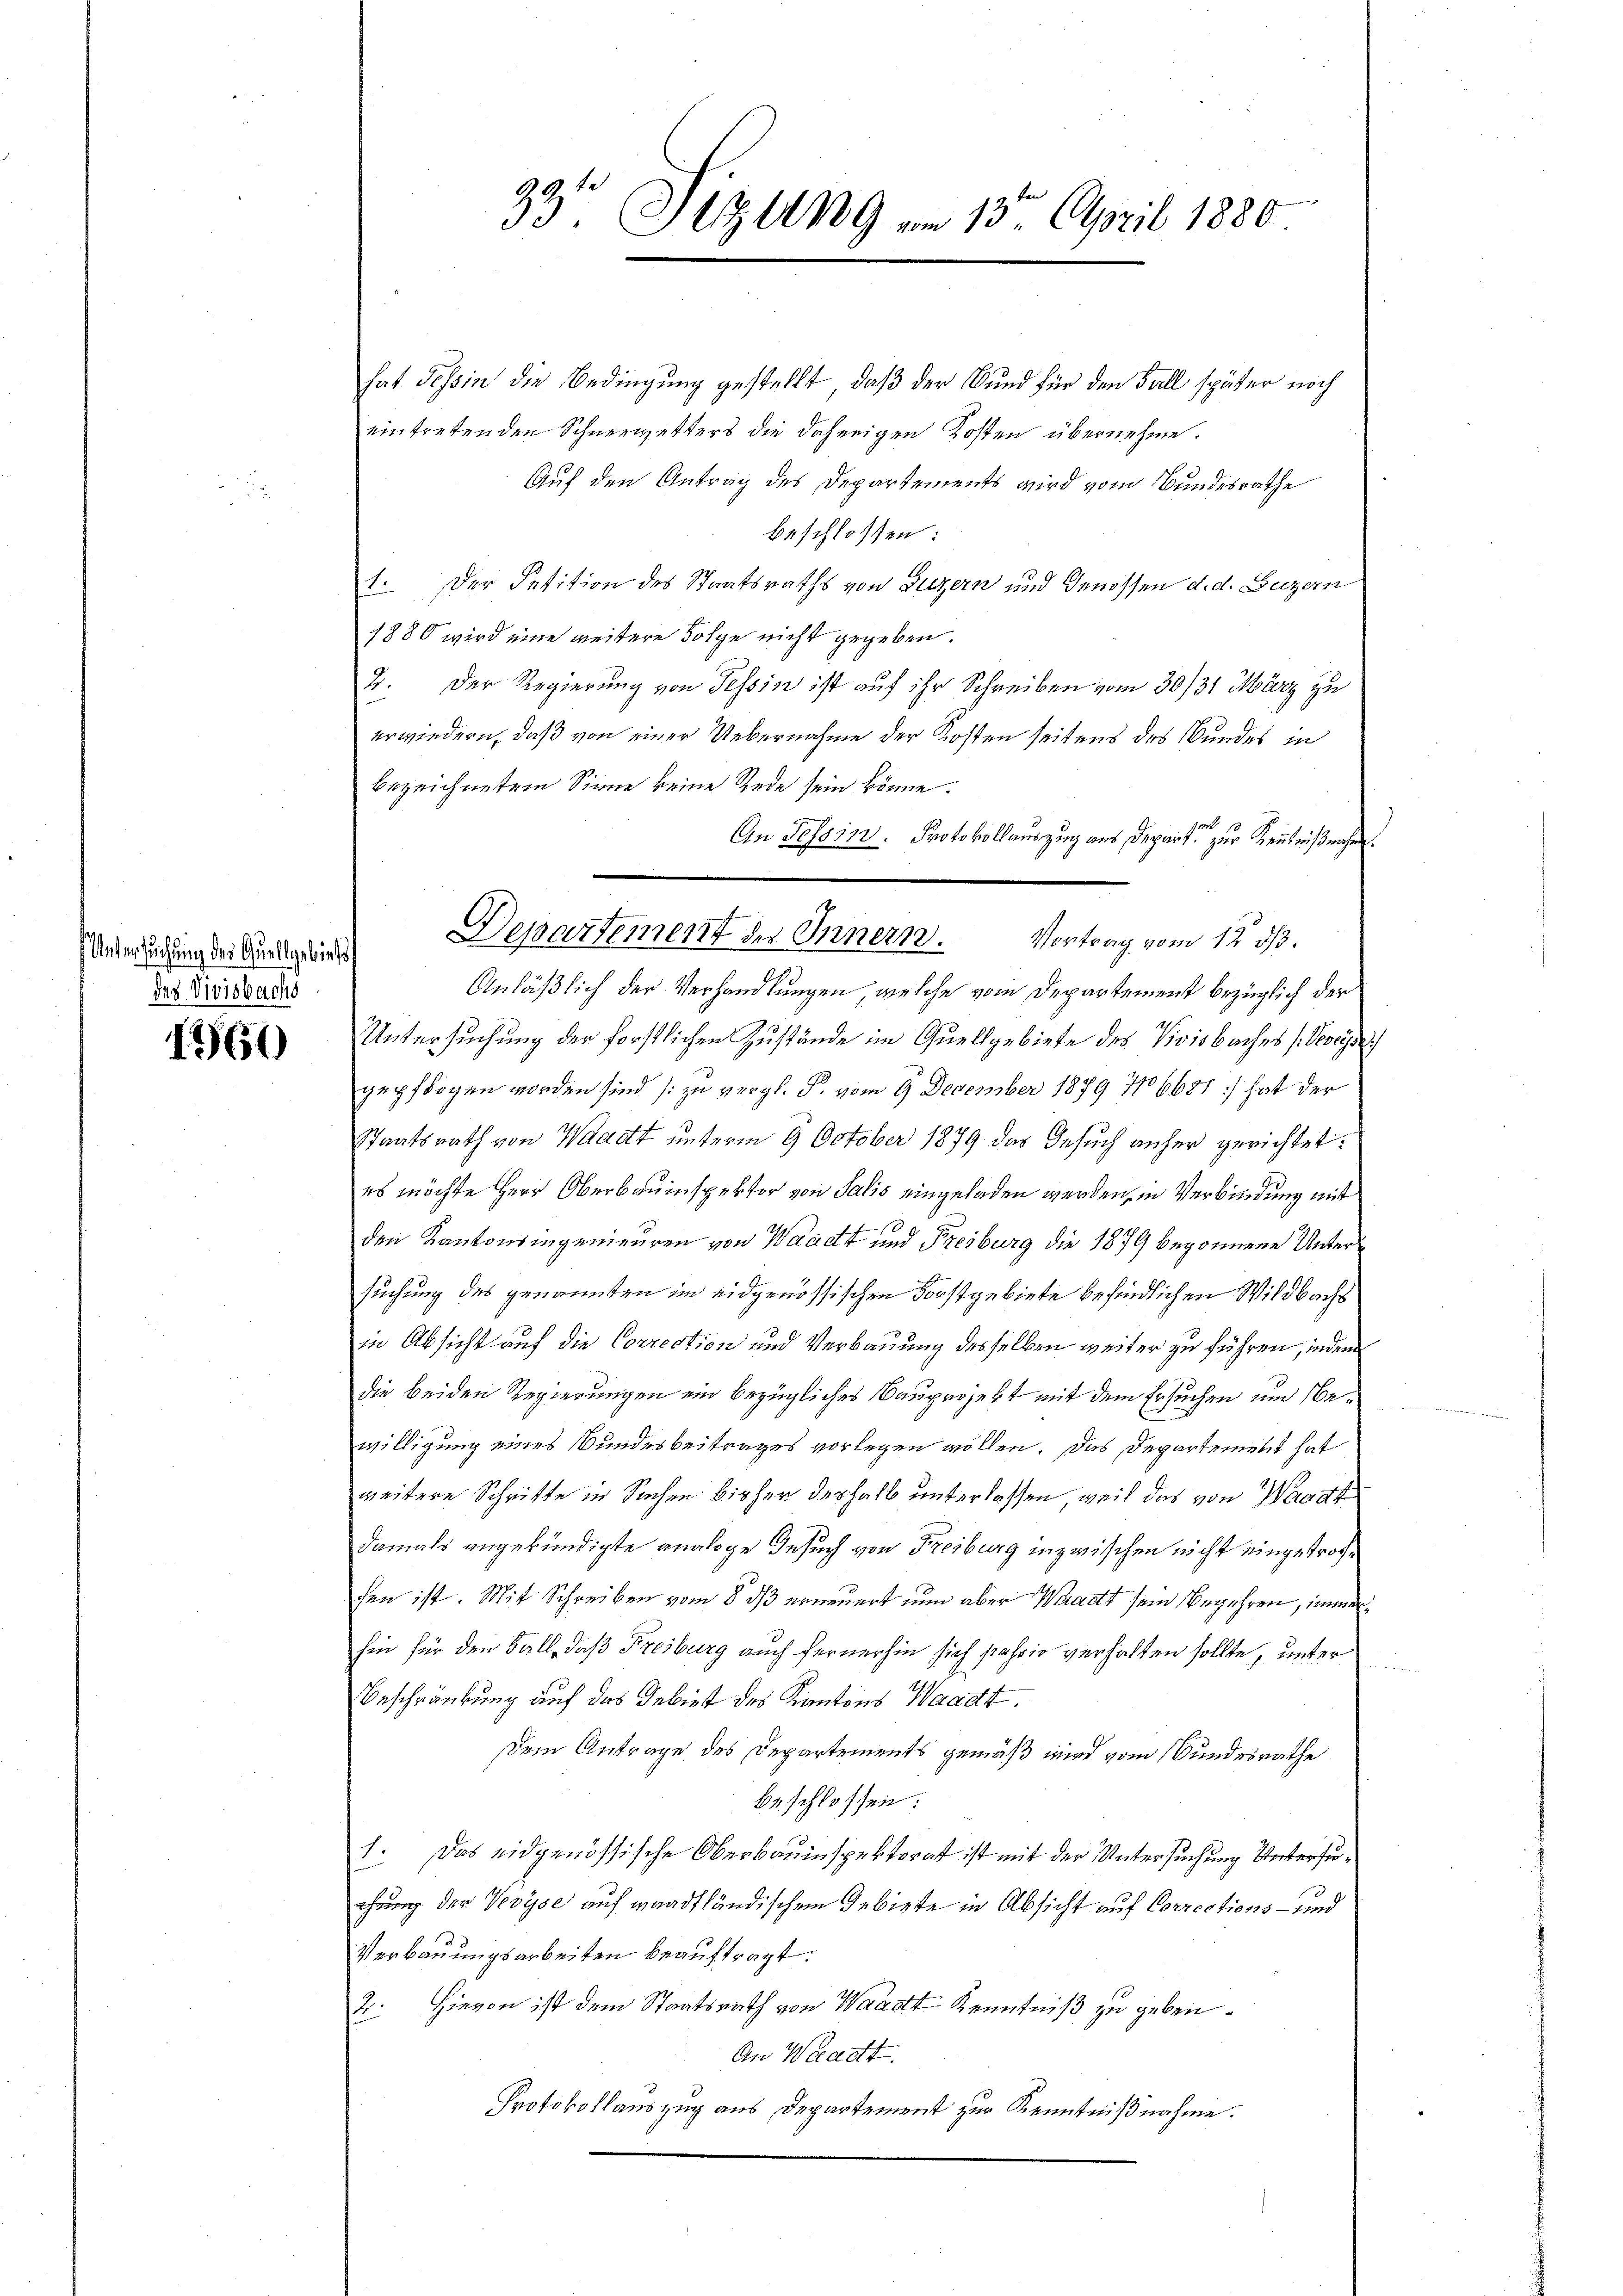
Untersuchung des Quellgebiets
des Vivisbachs

1760

hat Tessin die Bedingung gestellt, daß der Bund für den Fall später noch
eintretenden Schneewetters die daherigen Kosten übernehme.
Auf den Antrag des Departements wird vom Bundesrathe
beschlossen:
1. Der Petition des Staatsraths von Luzern und Genossen d. d. Luzern
1880 wird eine weitere Folge nicht gegeben.
2. Der Regierung von Tessin ist auf ihr Schreiben vom 30/31 März zu
erwiedern, daß von einer Uebernahme der Kosten seitens des Bundes in
bezeichnetem Sinne keine Rede sein könne.
An Tessin. Protokollauszug aus Depart zur Kenntnißnahe
Anläßlich der Verhandlungen, welche vom Departement bezüglich der
Untersuchung der forstlichen Zustände im Quellgebiete des Vivisbaches (Veveys
pepflogen worden sind [zu vergl. P. vom 9 December 1879 106681] hat der
Staatsrath von Waadt unterm 9 October 1879 das Gesuch anher gerichtet:
es möchte Herr Oberbauinspektor von Salis eingeladen werden, in Verbindung mit
6
den Kantonsingenieuren von Waadt und Freiburg die 1879 begonnene Untersuchung des genannten im eidgenössischen Forstgebiete befindlichen Wildbachs
in Absicht auf die Correction und Verbauung desselben weiter zu führen, indem
die beiden Regierungen ein bezügliches Bauprojekt mit dem Ersuchen um Bewilligung eines Bundesbeitrages vorlegen wollen. Das Departement hat
weitere Schrifte in Sachen bisher deshalb unterlassen, weil das von Waadt
damals angekündigte analoge Gesuch von Freiburg inzwischen nicht eingetrofsen ist. Mit Schreiben vom 8. ds erneuert nun aber Waadt sein Begehren, immer
hin für den Fall, daß Freiburg auch fernerhin sich jahrio verhalten sollte, unter
Beschränkung auf das Gebiet des Kantons Waadt.
Dem Antrage des Departements gemäß wird vom Bundesrathe
beschlossen:
1. Das eidgenössische Oberbauinspektorat ist mit der Untersuchung Untersuchung der Vevyse auf waadtländischem Gebiete in Absicht auf Corrections- und
Verbauungsarbeiten beauftragt.
2. Hievon ist dem Staatsrath von Waadt Kenntniß zu geben.
An Waadt.
Protokollauszug aus Departement zur Kenntnißnahme.

33 Sizung am 13. April 1880

Departement der Innern. Vortrag vom 12. dβ.